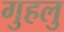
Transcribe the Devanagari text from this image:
गुहलु